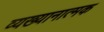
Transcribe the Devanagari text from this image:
व्यख्यानात्मक